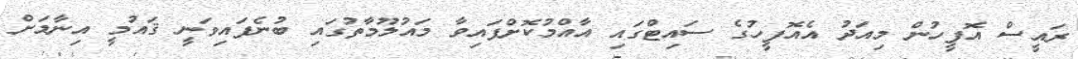
ރައީސް އޮފީހުން މިއަދު އެއޮފީހުގެ ސައިޓްގައި އާއްމުކޮށްފައިވާ މައުލޫމާތުގައި ބުނެފައިވަނީ ޤައުމީ އިނާމަށް